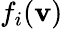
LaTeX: f_{i}(\mathbf{v})